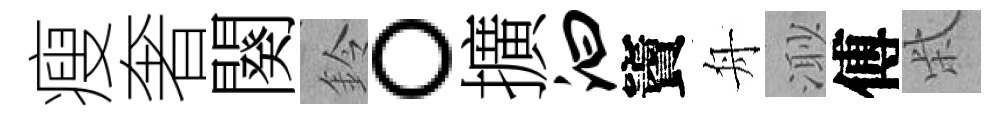
瘦奢闋鈴。擴汩竇舟𣺌傅柴